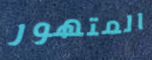
المتهور